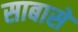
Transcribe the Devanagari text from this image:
साबासें